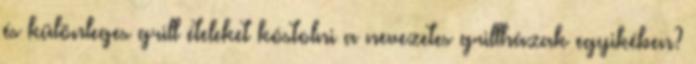
és különleges grill ételeket kóstolni a nevezetes grillházak egyikében?